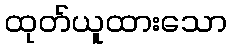
ထုတ်ယူထားသော